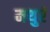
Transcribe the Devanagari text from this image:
मथुरं